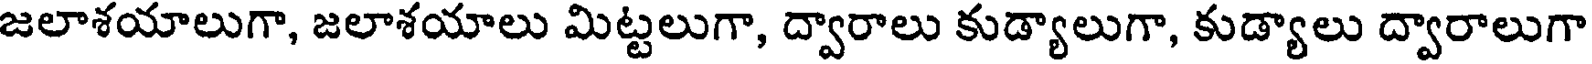
జలాశయాలుగా, జలాశయాలు మిట్టలుగా, ద్వారాలు కుడ్యాలుగా, కుడ్యాలు ద్వారాలుగా